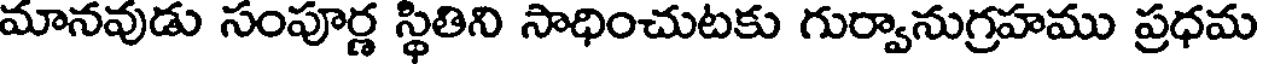
మానవుడు సంపూర్ణ స్థితిని సాధించుటకు గుర్వానుగ్రహము ప్రధమ